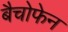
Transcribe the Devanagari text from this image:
बैचोफेन